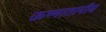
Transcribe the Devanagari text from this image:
ऊष्मातापीय